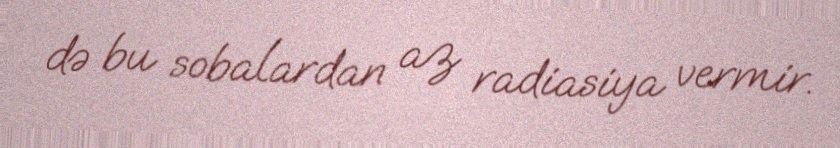
də bu sobalardan az radiasiya vermir.